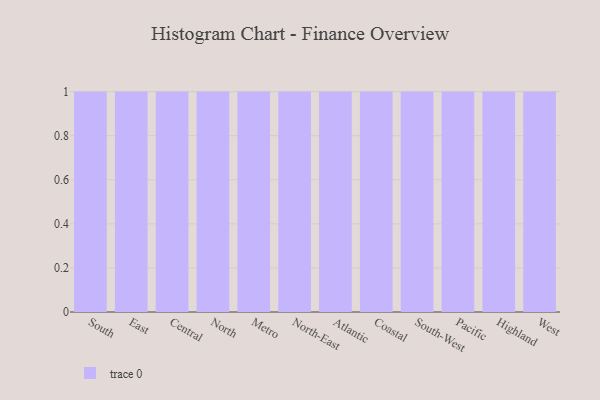
{"axis": {"x": "Region", "y": "Budget (USD K)"}, "legend": [""], "data": [{"x": "South", "y": 65, "type": ""}, {"x": "East", "y": 96, "type": ""}, {"x": "Central", "y": 62, "type": ""}, {"x": "North", "y": 12, "type": ""}, {"x": "Metro", "y": 94, "type": ""}, {"x": "North-East", "y": 57, "type": ""}, {"x": "Atlantic", "y": 48, "type": ""}, {"x": "Coastal", "y": 88, "type": ""}, {"x": "South-West", "y": 33, "type": ""}, {"x": "Pacific", "y": 52, "type": ""}, {"x": "Highland", "y": 95, "type": ""}, {"x": "West", "y": 43, "type": ""}]}